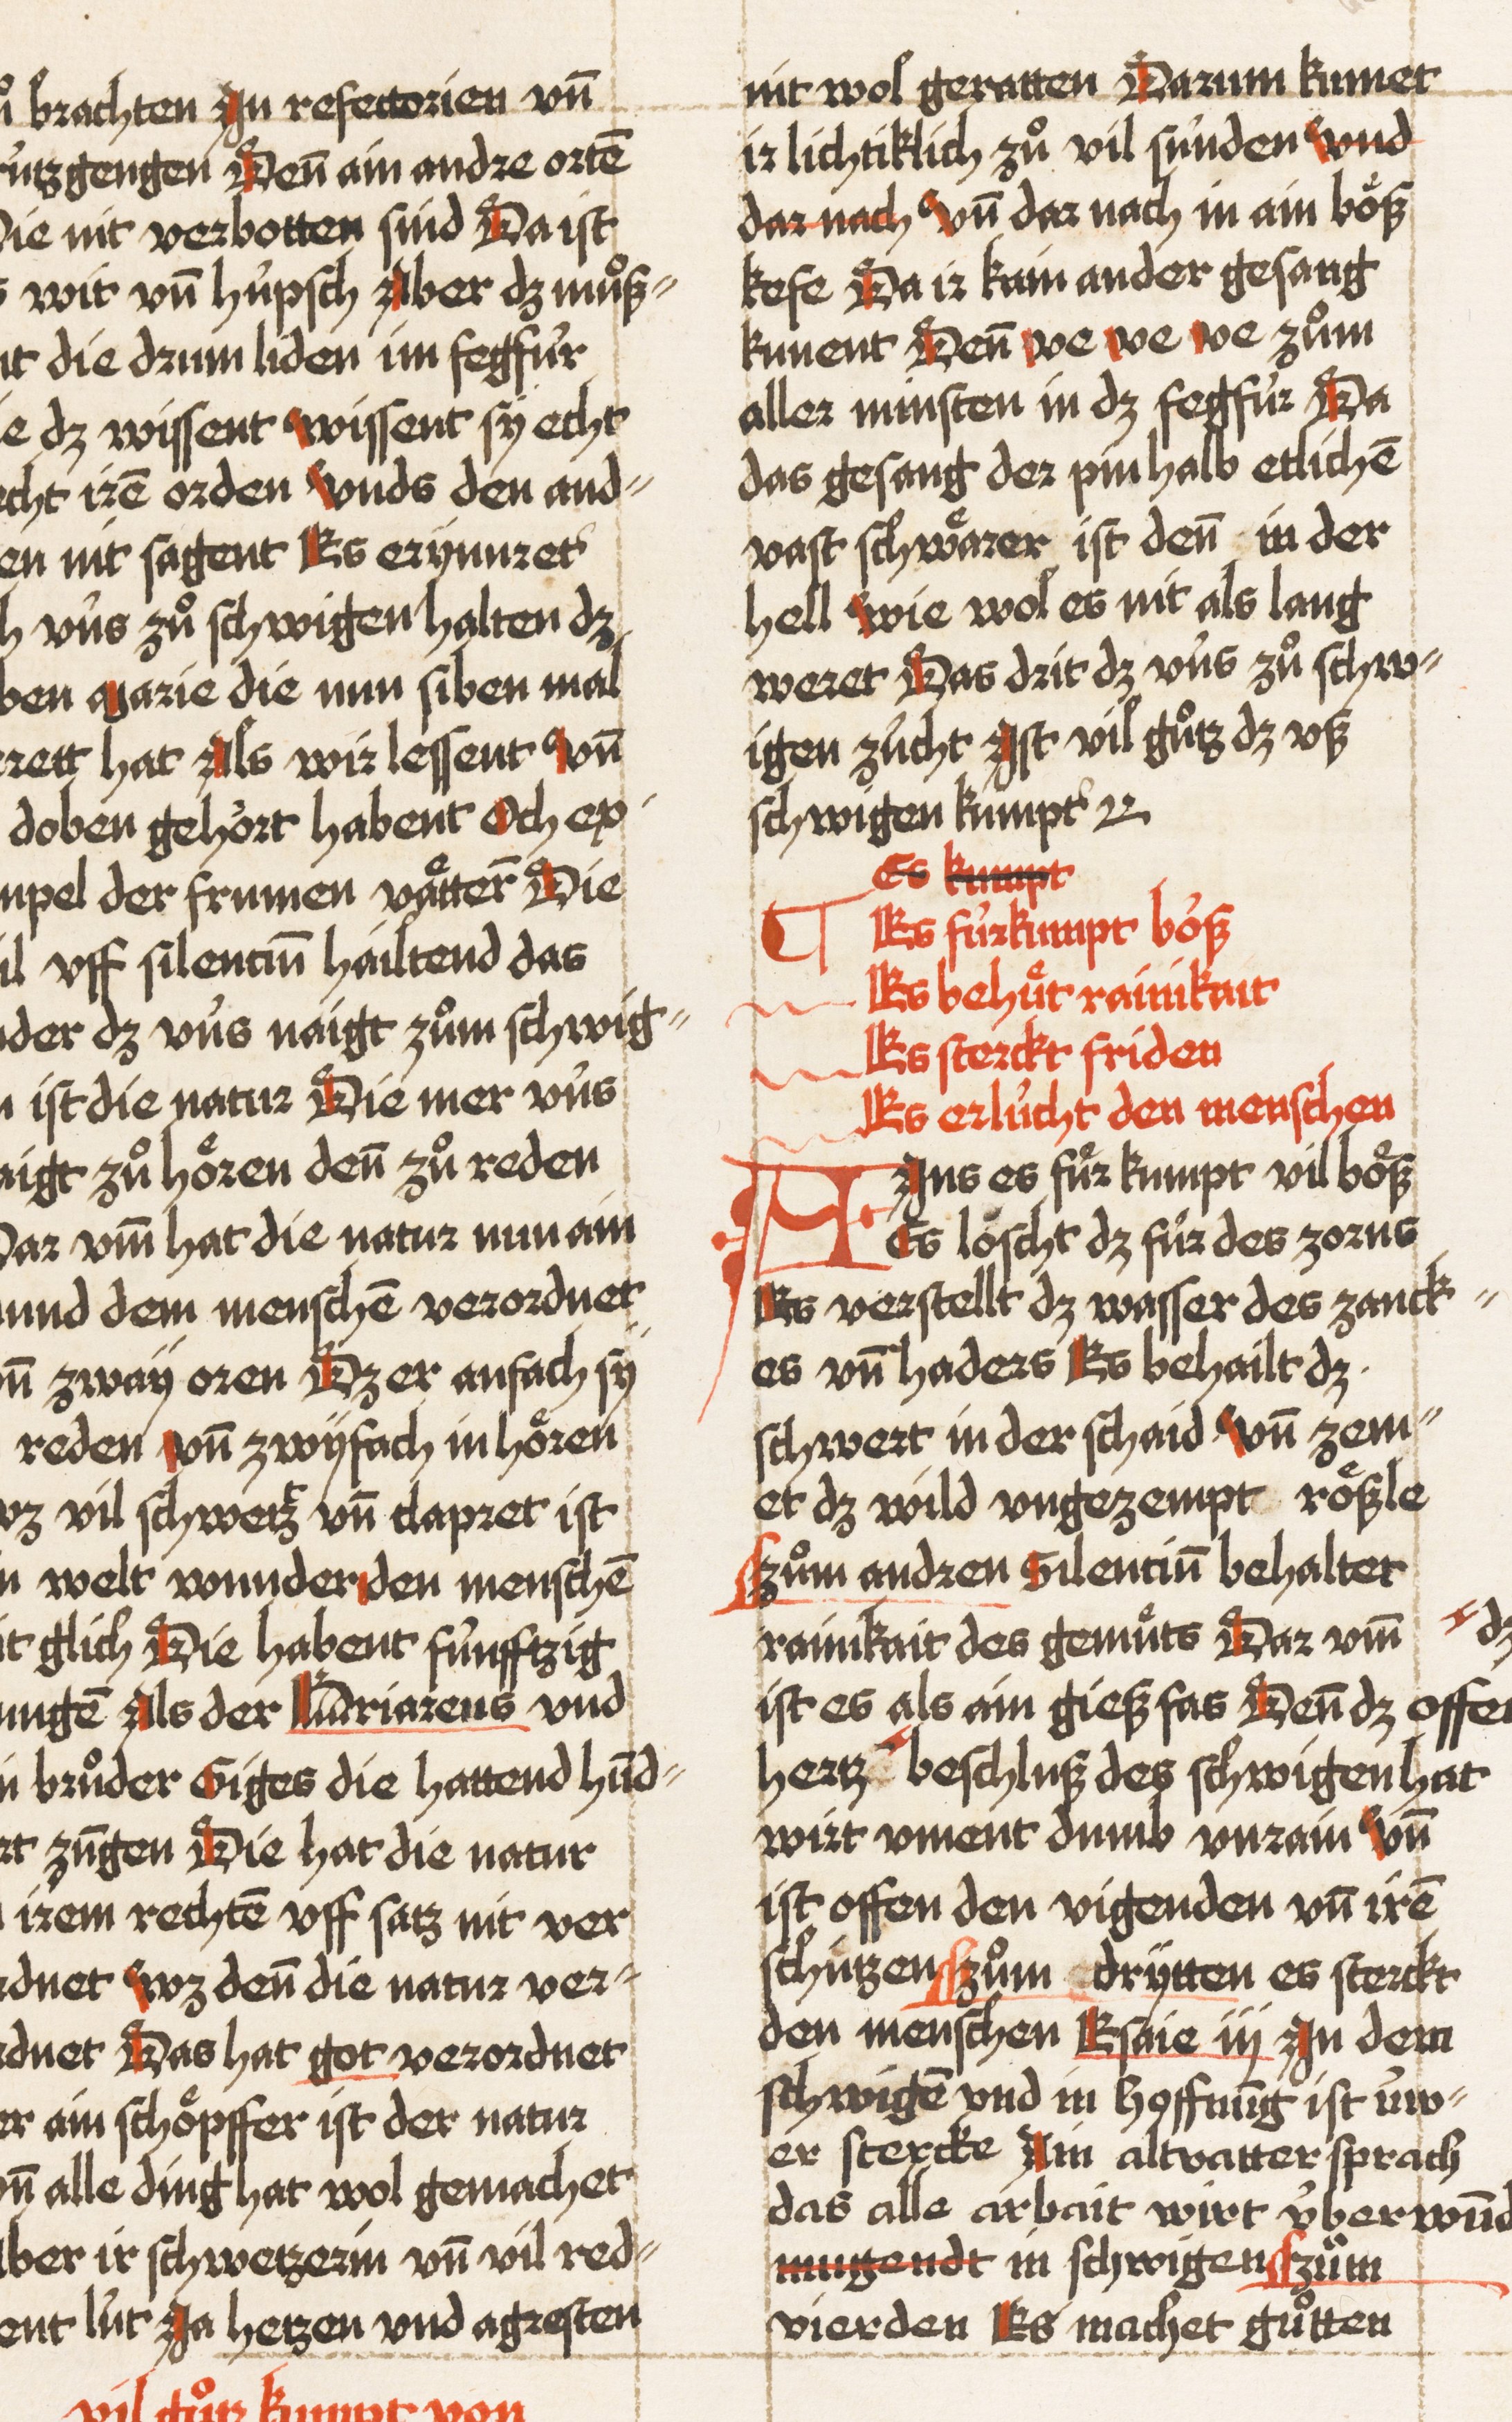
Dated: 1521–1522